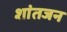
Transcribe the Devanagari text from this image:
शांतजन